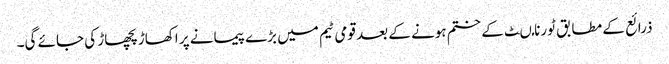
ذرائع کے مطابق ٹورنامںٹ کے ختم ہونے کے بعد قومی ٹیم میں بڑے پیمانے پر اکھاڑ پچھاڑ کی جائے گی۔